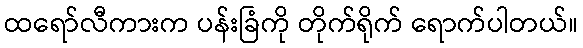
ထရော်လီကားက ပန်းခြံကို တိုက်ရိုက် ရောက်ပါတယ်။